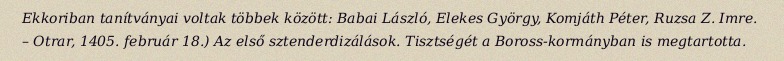
Ekkoriban tanítványai voltak többek között: Babai László, Elekes György, Komjáth Péter, Ruzsa Z. Imre. – Otrar, 1405. február 18.) Az első sztenderdizálások. Tisztségét a Boross-kormányban is megtartotta.